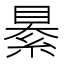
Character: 䋰